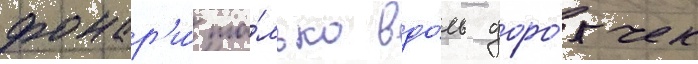
фонар'и́ то́лько вдо́ль доро́жек